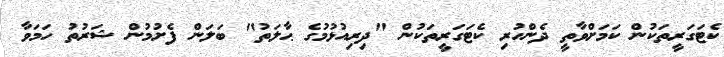
ކެޓަގަރީތަކުން ކަމަށްވާތީ ދެންހުރި ކެޓަގަރީތަކުން "ދިރިއުޅުމުގެ ޙާލަތު" ބަލަން ފެށުމުން ޝަރުތު ހަމަވާ